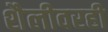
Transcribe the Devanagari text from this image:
शैलीवरही